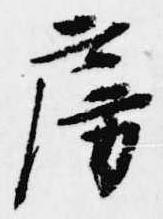
房